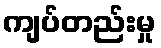
ကျပ်တည်းမှု